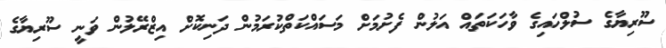
ސޫރިޔާގެ ސުލްހައިގެ ވާހަކަތައް އަލުން ފެށުމަށް މަސައްކަތްކުރަމުން ދަނިކޮށް އިޒްރޭލުން ވަނީ ސޫރިޔާގެ